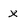
Character: x